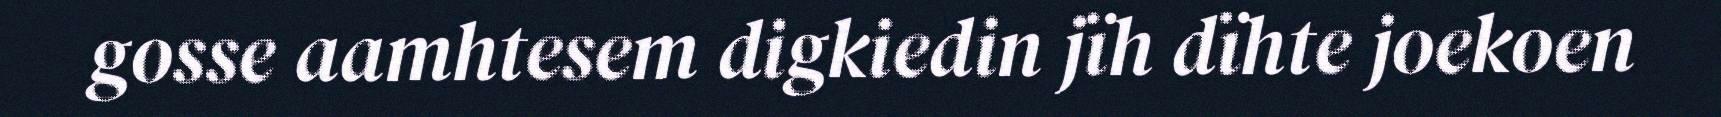
gosse aamhtesem digkiedin jïh dïhte joekoen